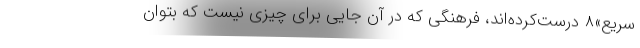
سریع»۸ درست‌کرده‌اند، فرهنگی که در آن جایی برای چیزی نیست که بتوان